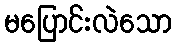
မပြောင်းလဲသော